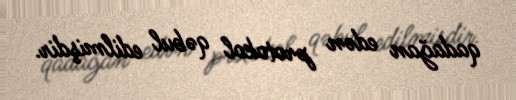
qadağan edən protokol qəbul edilmişdir.